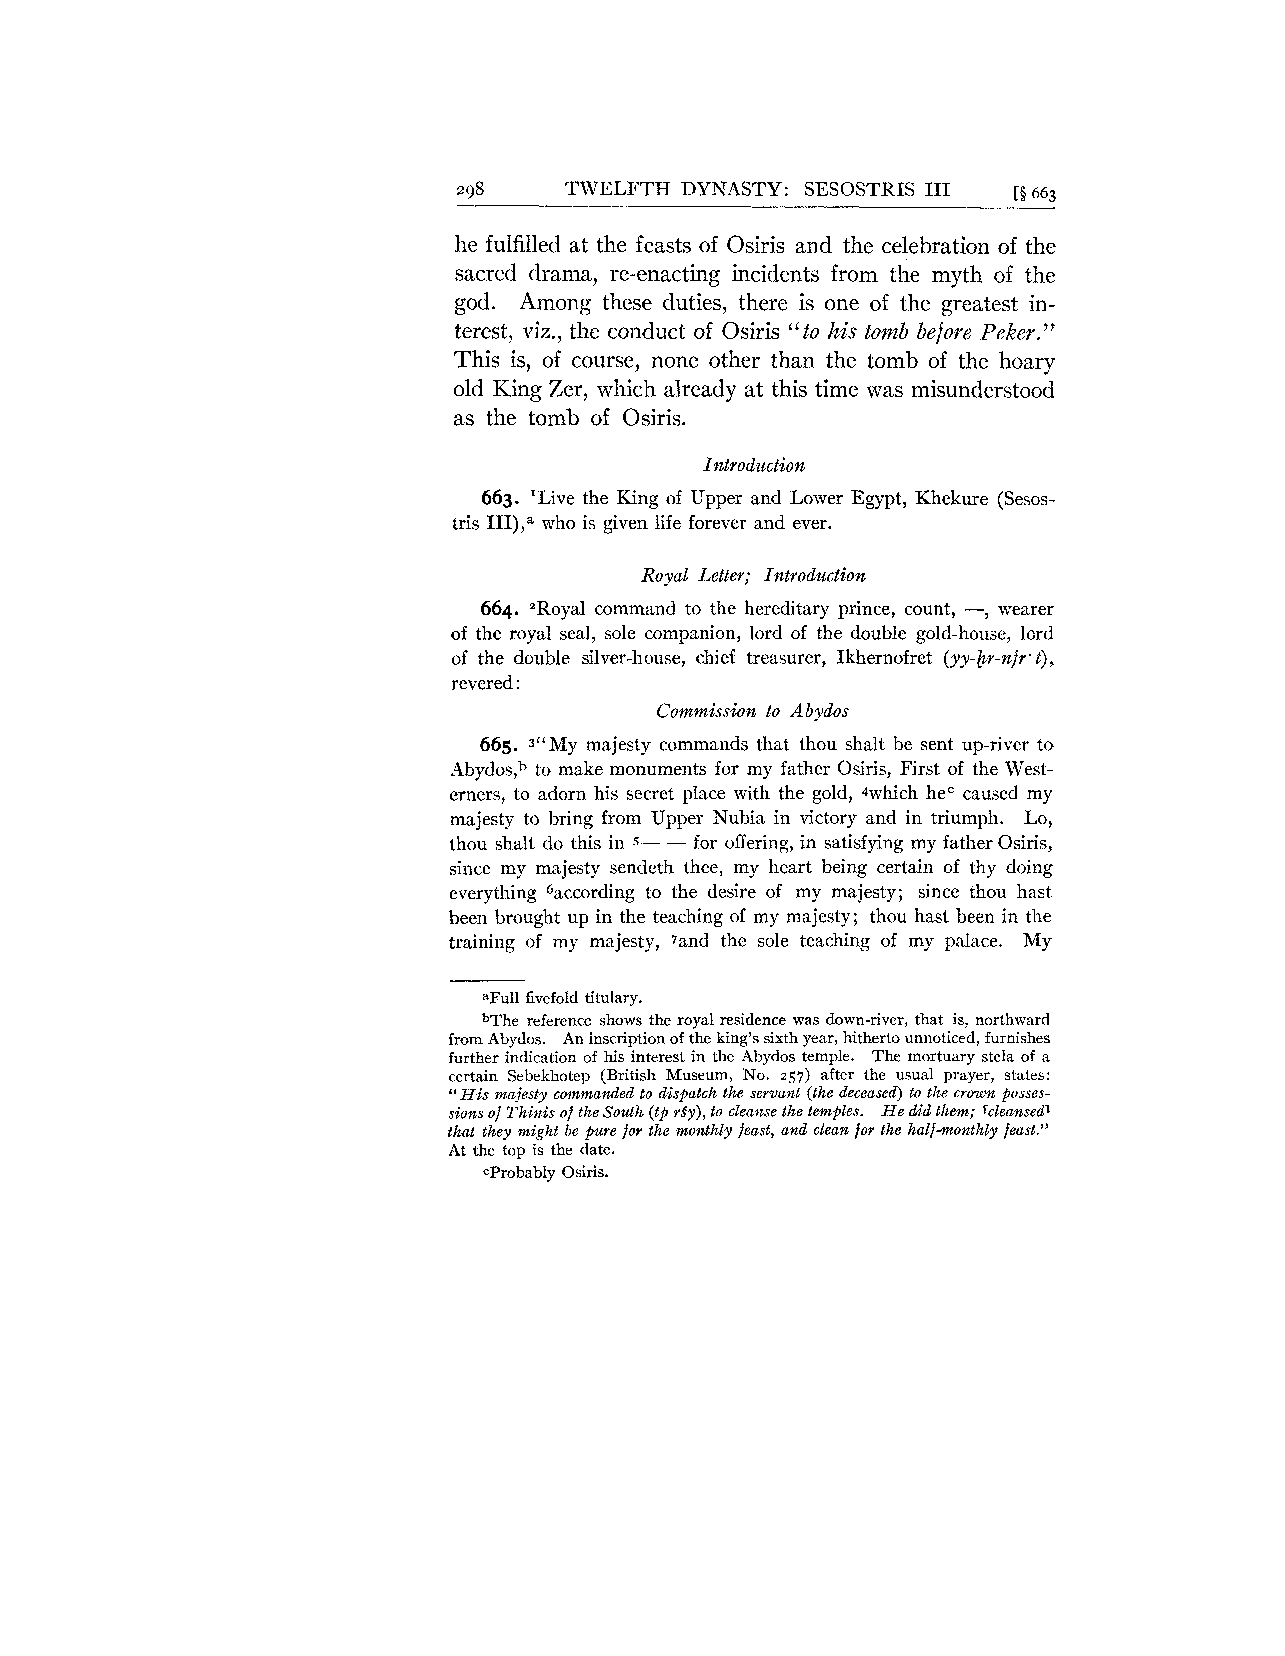
298    TWELFTH DYNASTY: SESOSTRIS 111 [B 663
 he fulfilled at the feasts of Osiris and the celebration of the
 sacred drama, re-enacting incidents from the myth of the
 god. Among these duties, there is one of the greatest in-
 terest, viz., the conduct of Osiris "to his tomb before Peker."
 This is, of course, none other than the tomb of the hoary
 old King Zer, which already at this time was misunderstood
 as the tomb of Osiris.
 Introductiolz
 663. 'Live the King of Upper and Lower Egypt, Khekure (Sesos-
 tris III),a who is given life forever and ever.
 Royal Letter; Introduction
 664. 'Royal command to the hereditary prince, count, -, wearer
 of the royal seal, sole companion, lord of the double gold-house, lord
 of the double silver-house, chief treasurer, Ikhernofret (yy-br-nfr. t),
 revered :
 Commission to Abydos
 665. 3"My majesty commands that thou shalt he sent up-river to
 Abydos,b to make monuments for my father Osiris, First of the West-
 erners, to adorn his secret place with the gold, 4which hec caused my
 majesty to bring from Upper Nubia in victory and in triumph. Lo,
 thou shalt do this in 5- - for offering, in satisfying my father Osiris,
 since my majesty sendeth thee, my heart being certain of thy doing
 everything 6according to the desire of my majesty; since thou hast
 been brought up in the teaching of my majesty; thou hast been in the
 training of my majesty, 'land the sole teaching of my palace. My
 aFull fivefold titulary.
 bThe reference shows the royal residence was down-river, that is, northward
 from Abydos. An inscription of the king's sixth year, hitherto unnoticed, furnishes
 further indication of his interest in the Abydos temple. The mortuary stela of a
 certain Sebekhotep (British Museum, No. 257) after the usual prayer, states:
 "His majesty commanded to dispatch the servant (the deceased) to the crown posses-
 sions of Thinis of the South (tp rSy), to cleanse the temples. He did them; fcleansedl
 that they might be pure for the monthly feast, and clean for the half-monthly feast."
 At the top is the date.
 probably Osiris.